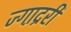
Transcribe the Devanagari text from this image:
ज्गा़द्ररी